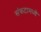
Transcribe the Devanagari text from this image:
संकटामध्ये